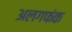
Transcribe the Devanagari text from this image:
अलगफंक